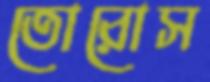
তোরোস